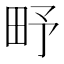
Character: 𤰩